Lunatic asylums Burma 1907-21 - 1907-1921
Year: 1907
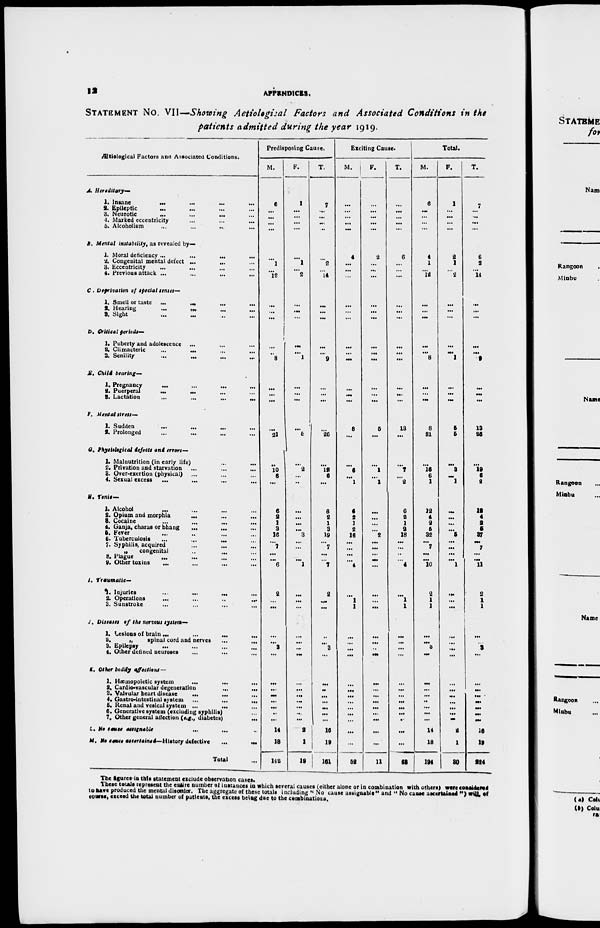
12
APPENDICES.
STATEMENT No. VII—Showing Aetiological Factors and Associated Conditions in the
patients admitted during the year 1919.
Ætiological Factors and Associated Conditions.
A. Hereditary—
1. Insane
...
...
...
...
2. Epileptic ... ... ... ...
3. Neurotic
...
...
...
...
4. Marked eccentricity ...
...
...
...
5. Alcoholism ... ... ... ...
B. Mental instability, as revealed by—
1. Moral deficiency
...
...
...
...
2. Congenital mental defect ... ... ... ...
3. Eccentricity ... ... ... ...
4. Previous attack ... ... ... ...
C . Deprivation of special senses—
1. Smell or taste
...
...
...
...
2. Hearing
...
...
...
...
3. Sight ... ... ... ...
D. Critical periods—
1. Puberty and adolescence
2. Climacteric ... ... ... ...
3. Senility
...
...
...
...
E. Chili bearing—
1. Pregnancy
...
...
...
...
2. Puerperal
...
...
...
...
3. Lactation
...
...
...
...
F. Mental stress—
1. Sudden
...
...
...
...
2. Prolonged ... ... ... ...
G. Physiological defects and errors—
1. Malnutrition (in early life) ... ... ... ...
2. Privation and starvation ... ... ... ...
3. Over-exertion (physical) ... ... ... ...
4. Sexual excess
...
...
...
...
H. Tonic—
1. Alcohol ... ... ... ...
2. Opium and morphia
...
...
...
...
3. Cocaine ... ... ... ...
4. Ganja, charas or bhang ... ... ... ...
5. Fever ... ... ... ...
6. Tuberculosis
...
...
...
...
7. Syphilis, acquired ... ... ... ...
„
congenital ... ... ... ...
8. Plague ... ... ... ...
9. Other toxins ... ... ... ...
I.
Traumatic-
1. Injuries
...
...
...
...
2. Operations
...
...
...
...
3. Sunstroke ... ... ... ...
J. Diseases of the nervous system—
1. Lesions of brain
...
...
...
...
2.
„
spinal cord and nerves
...
...
3. Epilepsy ... ... ... ...
4. Other defined neuroses ... ... ... ...
K. Other bodily affections —
1. Hæmopoietic system
...
...
...
...
2. Cardio-vascular degeneration
...
...
3. Valvular heart disease
...
...
4. Gastro-intestinal system
...
...
...
5. Renal and vesical system ...
...
6. Generative system (excluding syphilis)...
7. Other general affection (e.g., diabetes) ...
L. No cause assignable
M. No cause ascertained— History defective
...
...
Total ...
Predisposing Cause.
M.
6
...
...
...
...
...
1
...
12
...
...
...
...
...
8
...
...
...
...
21
...
10
6
...
6
2 1
3
16
...
7
...
...
6
2
...
...
...
...
3
...
...
...
...
...
...
...
...
14
18
142
F.
1
...
...
...
...
...
1
...
2
...
...
...
...
...
1
...
...
...
...
6
...
2
...
...
...
...
...
...
3
...
...
...
...
1
...
...
...
...
...
...
...
...
...
...
...
...
...
...
2
1
19
T.
7
...
...
...
...
...
2
...
14
...
...
...
...
...
9
...
...
...
...
26
...
12
6
...
6
2
1
3
19
...
7
...
...
7
2
...
...
...
...
3
...
...
...
...
...
...
...
... 16
19
161
Exciting Cause.
M.
...
...
...
...
...
4
...
...
...
...
...
...
...
...
...
...
...
...
8
...
...
6
...
1
6
2
1
2
16
...
...
...
...
4
...
1
1
...
...
...
...
...
...
...
...
...
...
...
...
...
52
F.
...
...
...
...
...
2
...
...
...
...
...
...
...
...
...
...
...
...
5
...
...
1
...
1
...
...
...
...
2
...
...
...
...
...
...
...
...
...
...
...
...
...
...
...
...
...
...
...
...
...
11
T.
...
...
...
...
...
6
...
...
...
...
...
...
...
...
...
...
...
...
13
...
...
7
...
2
6
2
1
2
18
...
...
...
...
4
...
1
1
...
...
...
...
...
...
...
...
...
...
...
...
...
63
Total.
M.
6
...
...
...
...
4
1
...
12
...
...
...
...
...
8
...
...
...
8
21
...
16
6
1
12
4
2 5
32
...
7
...
...
10
2
1
1
...
...
3
...
...
...
...
...
...
...
...
14
18
194
F.
1
...
...
...
...
2
1
...
2
...
...
...
...
...
1
...
...
...
5
5
...
3
...
1
...
...
...
...
5
...
...
...
...
1
...
...
...
...
...
...
...
...
...
...
...
...
...
...
2
1
30
T.
7
...
...
...
...
6
2
...
14
...
...
...
...
...
9
...
...
...
13
26
...
19
6
2
12
4
2
5
37
...
7
...
...
11
2
1
1
...
...
3
...
...
...
...
...
...
...
...
16
19
224
The figures in this statement exclude observation cases.
These totals represent the entire number of instances in which several causes (either alone or in combination with others) were considered
to have produced the mental disorder. The aggregate of these totals including " No cause assignable" and " No cause ascertained ")will of
course, exceed the total number of patients, the excess being due to the
combination.